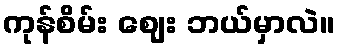
ကုန်စိမ်း ဈေး ဘယ်မှာလဲ။